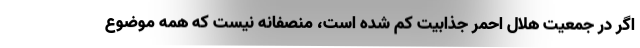
اگر در جمعیت هلال احمر جذابیت کم شده است، منصفانه نیست که همه موضوع